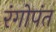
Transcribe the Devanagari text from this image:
रंगोपंत